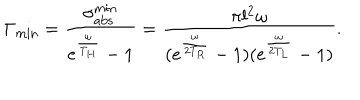
LaTeX: \Gamma _ { \mathrm { m i n } } = { \frac { \sigma _ { \mathrm { a b s } } ^ { \mathrm { m i n } } } { e ^ { \frac { \omega } { T _ { H } } } - 1 } } = { \frac { \pi l ^ { 2 } \omega } { ( e ^ { \frac { \omega } { 2 T _ { R } } } - 1 ) ( e ^ { \frac { \omega } { 2 T _ { L } } } - 1 ) } } .